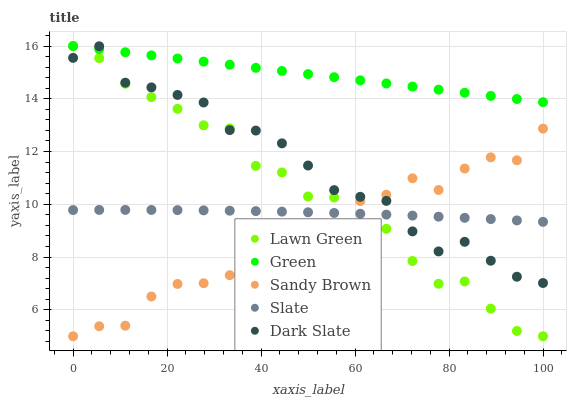
| xaxis_label | Lawn Green | Green | Sandy Brown | Slate | Dark Slate |
 | --- | --- | --- | --- | --- | --- |
 | 0 | 16 | 16 | 5 | 9.78 | 15.6 |
 | 5.56 | 15.5 | 15.9 | 5.38 | 9.79 | 16 |
 | 11.1 | 14.6 | 15.8 | 5.4 | 9.79 | 14.6 |
 | 16.7 | 14.1 | 15.6 | 6.51 | 9.79 | 14.4 |
 | 22.2 | 13.6 | 15.5 | 6.98 | 9.78 | 14.1 |
 | 27.8 | 13 | 15.4 | 7.01 | 9.77 | 13.9 |
 | 33.3 | 12.9 | 15.3 | 7.31 | 9.76 | 12.8 |
 | 38.9 | 11.5 | 15.2 | 8.25 | 9.74 | 12.8 |
 | 44.4 | 11.2 | 15.1 | 8.32 | 9.72 | 12.3 |
 | 50 | 10.3 | 14.9 | 8.64 | 9.7 | 11.5 |
 | 55.6 | 10.3 | 14.8 | 9.21 | 9.67 | 10.5 |
 | 61.1 | 9.21 | 14.7 | 10.1 | 9.64 | 10.3 |
 | 66.7 | 9.07 | 14.6 | 10.4 | 9.61 | 10.1 |
 | 72.2 | 7.85 | 14.5 | 11 | 9.57 | 8.97 |
 | 77.8 | 6.99 | 14.3 | 10.5 | 9.53 | 8.22 |
 | 83.3 | 7.08 | 14.2 | 11.4 | 9.49 | 8.58 |
 | 88.9 | 6.05 | 14.1 | 11.8 | 9.44 | 7.86 |
 | 94.4 | 5.2 | 14 | 11.7 | 9.39 | 7.26 |
 | 100 | 5 | 13.9 | 12.9 | 9.34 | 7.02 |